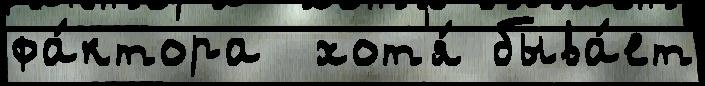
фа́ктора  хот'я́ быва́ет